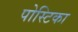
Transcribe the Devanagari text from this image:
पोस्टिका